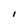
Character: l